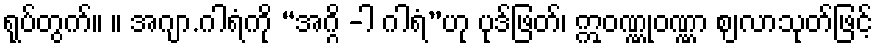
ရုပ်တွက်။ ။ အဂျာ.ဂါရံကို “အဂ္ဂိ -ါ ဂါရံ”ဟု ပုဒ်ဖြတ်၊ ဣဝဏ္ဏုဝဏ္ဏာ ဈလာသုတ်ဖြင့်